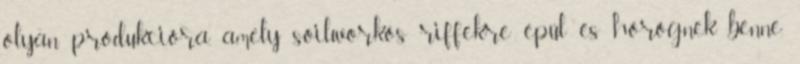
olyan produkcióra, amely soilworkös riffekre épül és hörögnek benne,